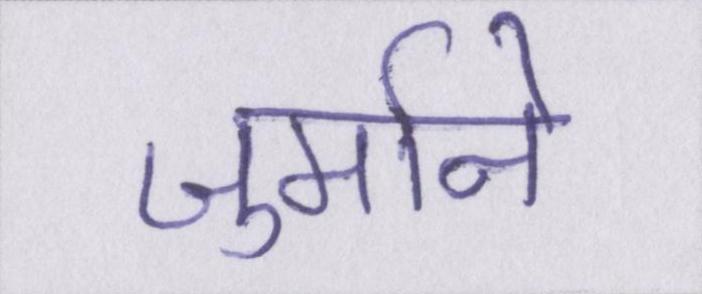
जुर्माने